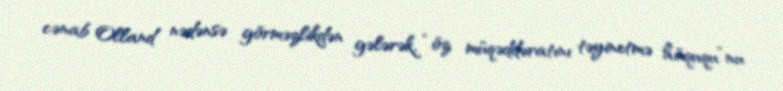
cənab Olland nədənsə görməzlikdən gələrək, “öz müqəddəratını təyinetmə hüququ”nu